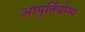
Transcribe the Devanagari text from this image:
आपूर्तियोग्य